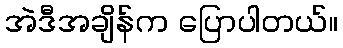
အဲဒီအချိန်က ပြောပါတယ်။